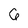
Character: 6